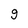
Character: g